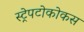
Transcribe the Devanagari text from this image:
स्ट्रेपटोकोकस